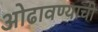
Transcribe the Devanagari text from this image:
ओढावण्याची